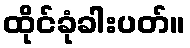
ထိုင်ခုံခါးပတ်။